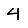
Digit: 4